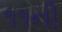
૧૧ની